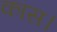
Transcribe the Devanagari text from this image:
कास।